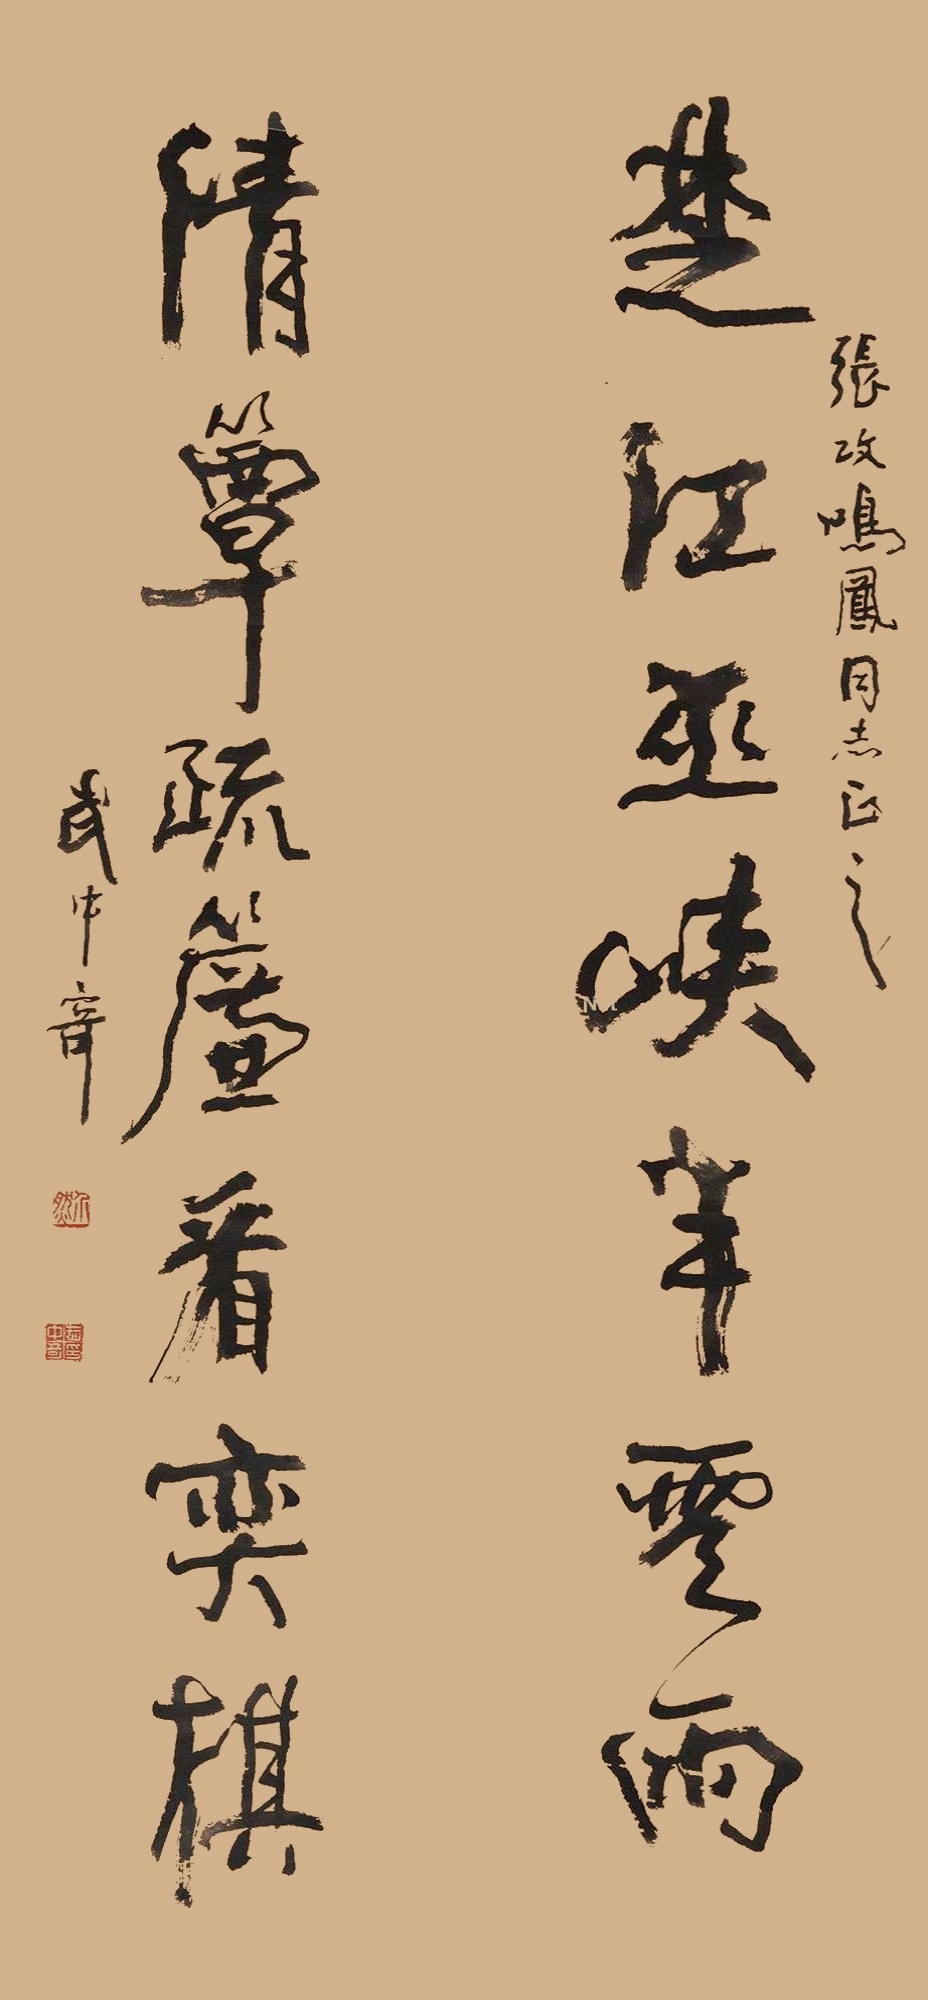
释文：楚江巫峡半云雨，清簟疏帘看弈棋。张政、鸣凤同志正之，武中奇。